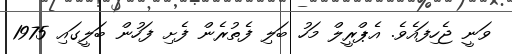
ވަނީ ޖެހިފައެވެ. އެޕްރީލް މަހު ބަލި ފެތުރެން ފެށި ފަހުން ބަލީގައި 1975